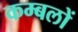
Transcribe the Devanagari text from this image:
कम्बलों